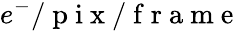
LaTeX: e^{-}/\mathrm{~p~i~x~}/\mathrm{~f~r~a~m~e~}